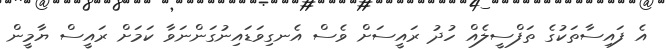
އެ ފައިސާތަކުގެ ތަފްސީލެއް ހުދު ރައީސަށް ވެސް އެނގިވަޑައިނުގަންނަވާ ކަމަށް ރައީސް ޔާމީން